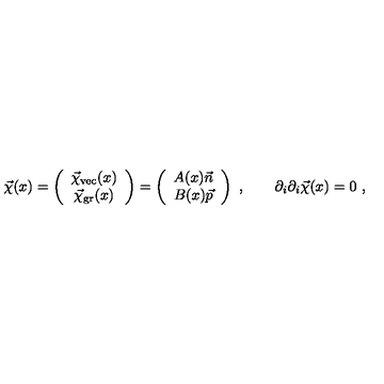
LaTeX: \vec { \chi } ( x ) = \left( \begin{array} { c } { \vec { \chi } _ { \mathrm { v e c } } ( x ) } \\ { \vec { \chi } _ { \mathrm { g r } } ( x ) } \\ \end{array} \right) = \left( \begin{array} { c } { A ( x ) \vec { n } } \\ { B ( x ) \vec { p } } \\ \end{array} \right) \ , \qquad \partial _ { i } \partial _ { i } \vec { \chi } ( x ) = 0 \ ,